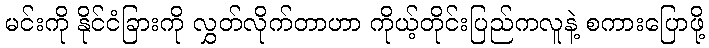
မင်းကို နိုင်ငံခြားကို လွှတ်လိုက်တာဟာ ကိုယ့်တိုင်းပြည်ကလူနဲ့ စကားပြောဖို့